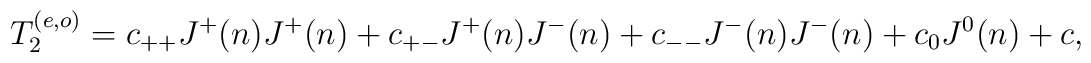
T_2^{(e,o)} =  c_{++} J^+(n) J^+(n)  +  c_{+-} J^+(n)  J^-(n)  + c_{--} J^-(n)  J^-(n)  + c_0 J^0(n) + c ,